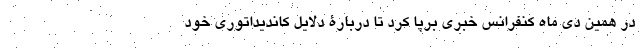
در همین دی ماه کنفرانس خبری برپا کرد تا دربارۀ دلایل کاندیداتوری خود